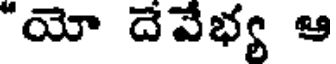
"యో దేవేభ్య ఆ